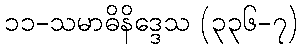
၁၁-သမာဓိနိဒ္ဒေသ (၃၃၆-၇)